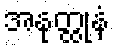
အနုတ္ထုနံ